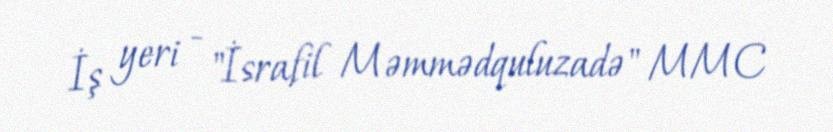
İş yeri - "İsrafil Məmmədquluzadə" MMC